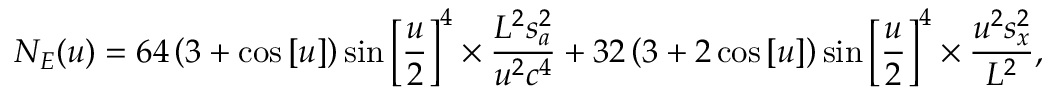
{ N _ { E } } ( u ) = 6 4 \left( { 3 + \cos \left[ u \right] } \right) \sin { \left[ { \frac { u } { 2 } } \right] ^ { 4 } } \times \frac { { { L ^ { 2 } } s _ { a } ^ { 2 } } } { { { u ^ { 2 } } { c ^ { 4 } } } } + 3 2 \left( { 3 + 2 \cos \left[ u \right] } \right) \sin { \left[ { \frac { u } { 2 } } \right] ^ { 4 } } \times \frac { { { u ^ { 2 } } s _ { x } ^ { 2 } } } { { { L ^ { 2 } } } } ,